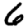
Digit: 6